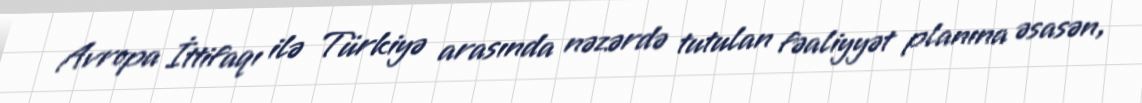
Avropa İttifaqı ilə Türkiyə arasında nəzərdə tutulan fəaliyyət planına əsasən,